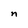
Character: n